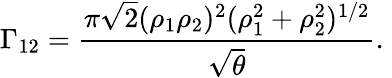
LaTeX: \Gamma_{12}={\frac{\pi\sqrt{2}(\rho_{1}\rho_{2})^{2}(\rho_{1}^{2}+\rho_{2}^{2})^{1/2}}{\sqrt{\theta}}}.\;